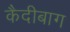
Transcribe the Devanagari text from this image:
कैदीबाग